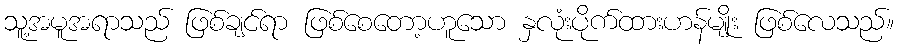
သူ့အမူအရာသည် ဖြစ်ချင်ရာ ဖြစ်စေတော့ဟူသော နှလုံးပိုက်ထားဟန်မျိုး ဖြစ်လေသည်။